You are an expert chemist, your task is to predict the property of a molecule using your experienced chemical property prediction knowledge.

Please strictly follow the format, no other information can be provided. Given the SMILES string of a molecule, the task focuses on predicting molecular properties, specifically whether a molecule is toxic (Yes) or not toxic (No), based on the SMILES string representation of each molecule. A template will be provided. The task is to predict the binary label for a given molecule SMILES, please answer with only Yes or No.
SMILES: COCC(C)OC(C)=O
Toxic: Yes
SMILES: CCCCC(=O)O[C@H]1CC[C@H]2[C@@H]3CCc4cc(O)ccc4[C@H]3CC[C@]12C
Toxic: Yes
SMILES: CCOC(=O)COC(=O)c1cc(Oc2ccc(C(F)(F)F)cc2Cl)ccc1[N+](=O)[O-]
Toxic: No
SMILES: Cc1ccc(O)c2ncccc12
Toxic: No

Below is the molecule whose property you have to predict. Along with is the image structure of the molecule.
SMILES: CC1(C)S[C@@H]2[C@H](NC(=O)[C@@H](c3ccccc3)S(=O)(=O)[O-])C(=O)N2[C@H]1C(=O)[O-]
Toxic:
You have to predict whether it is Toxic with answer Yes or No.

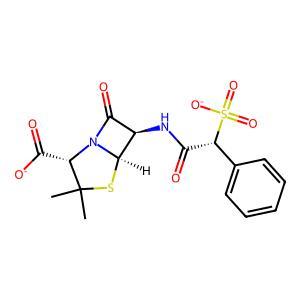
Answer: No